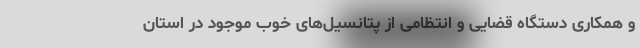
و همکاری دستگاه قضایی و انتظامی از پتانسیل‌های خوب موجود در استان